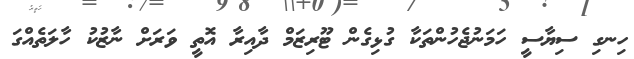
ހިނގި ސިޔާސީ ހަމަނުޖެހުންތަކާ ގުޅިގެން ޓޫރިޒަމް ދާއިރާ އޮތީ ވަރަށް ނާޒުކު ހާލަތެއްގަ